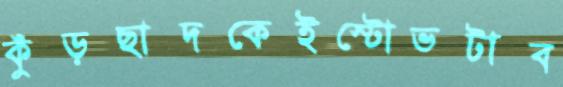
কুঁড়ছাদকেইস্টোভটাব